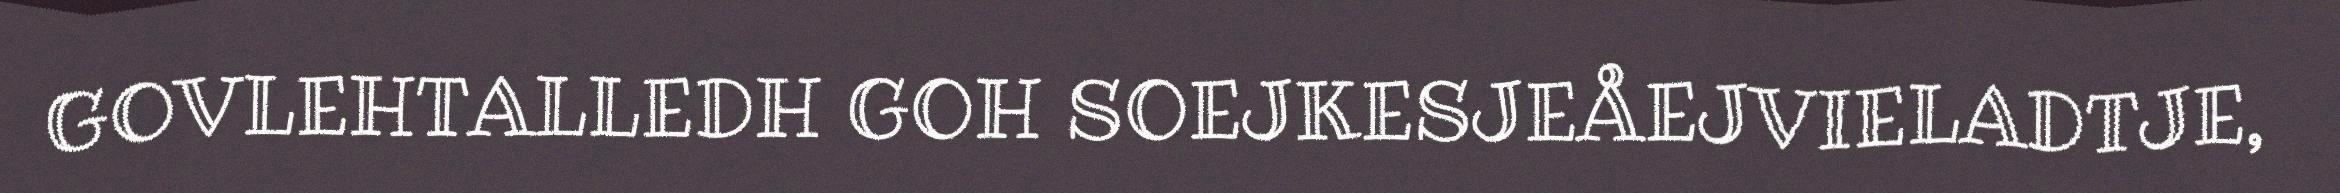
GOVLEHTALLEDH GOH SOEJKESJEÅEJVIELADTJE,